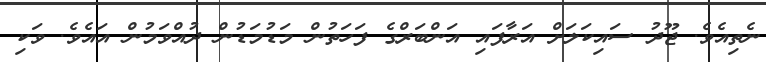
ނެތިއެވެ. ޖޫދު ސައިކަލަށް އަރާފައި އަންބަރްގެ ފަހަތުން މަޑުމަޑުން ދުއްވަމުން އައެވެ. ވަކި